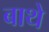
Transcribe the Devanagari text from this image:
बाथे